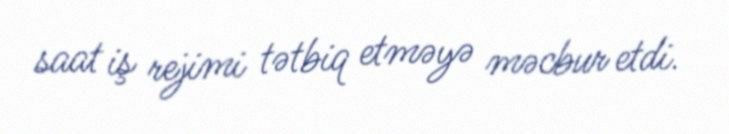
saat iş rejimi tətbiq etməyə məcbur etdi.